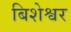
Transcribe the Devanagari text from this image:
बिशेश्वर